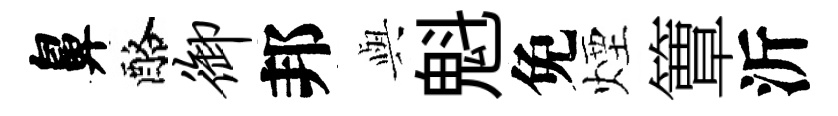
鼻酪御邦𫤰魁免煙簟沂